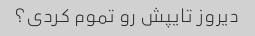
دیروز تایپش رو تموم کردی؟